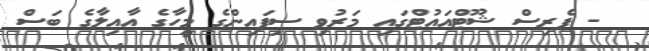
- ޕެރިސް ޝޫޓްއައުޓްގައި މަރުވި ސިފައިންގެ މީހާގެ އާއިލާގެ ބަސް